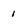
Character: 1